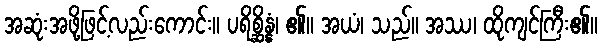
အဆုံးအဖို့ဖြင့်လည်းကောင်း။ ပရိစ္ဆိန္နံ၊ ၏။ အယံ၊ သည်။ အဿ၊ ထိုကျင်ကြီး၏။